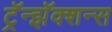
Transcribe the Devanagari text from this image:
ट्रॅन्झॅक्शन्स